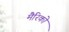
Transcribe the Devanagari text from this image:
मैरिको